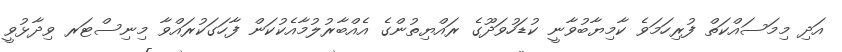
އަދި މިމަސައްކަތް ފުރިހަމަވެ ކާމިޔާބުވާނީ ކުޑަހުވަދޫގެ ރައްޔިތުންގެ އެއްބާރުލުމާއެކުކަން ފާހަގަކުރައްވާ މިނިސްޓަރ ވިދާޅުވީ